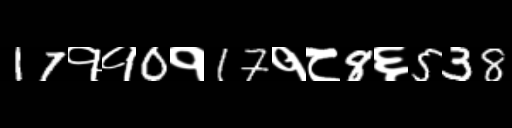
Text: 17११0१17१८8६538